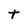
Character: t